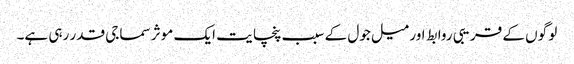
لو گوں کے قریبی روابط اور میل جول کے سبب پنچا یت ایک موثر سماجی قدر رہی ہے۔